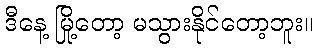
ဒီနေ့ မြို့တော့ မသွားနိုင်တော့ဘူး။